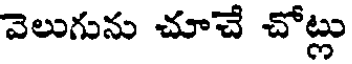
వెలుగును చూచే చోట్లు